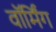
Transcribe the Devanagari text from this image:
वाॅर्मिंग